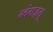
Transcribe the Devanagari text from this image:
ग्वंगज़्यू